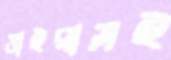
ভাইরাসই